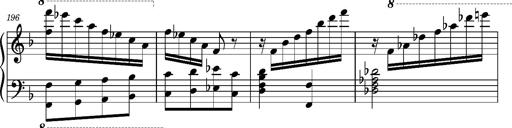
Title: Ungarischer Romanzero
Composer: Franz Liszt